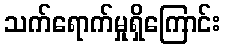
သက်ရောက်မှုရှိကြောင်း